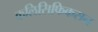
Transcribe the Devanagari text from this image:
कलिसिफिकसन